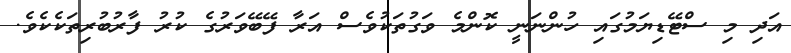
އަދި މި ސްޓޭޑިޔަމުގައި ހުންނަނީ ކޮންމެ ވަގުތަކުވެސް އަރާ ފޭބޭވަރުގެ ކުރު ފާރުބުރިތަކެކެވެ.